Report of the Indian Hemp Drugs Commission, 1894-1895 - Volume III
Year: 1894
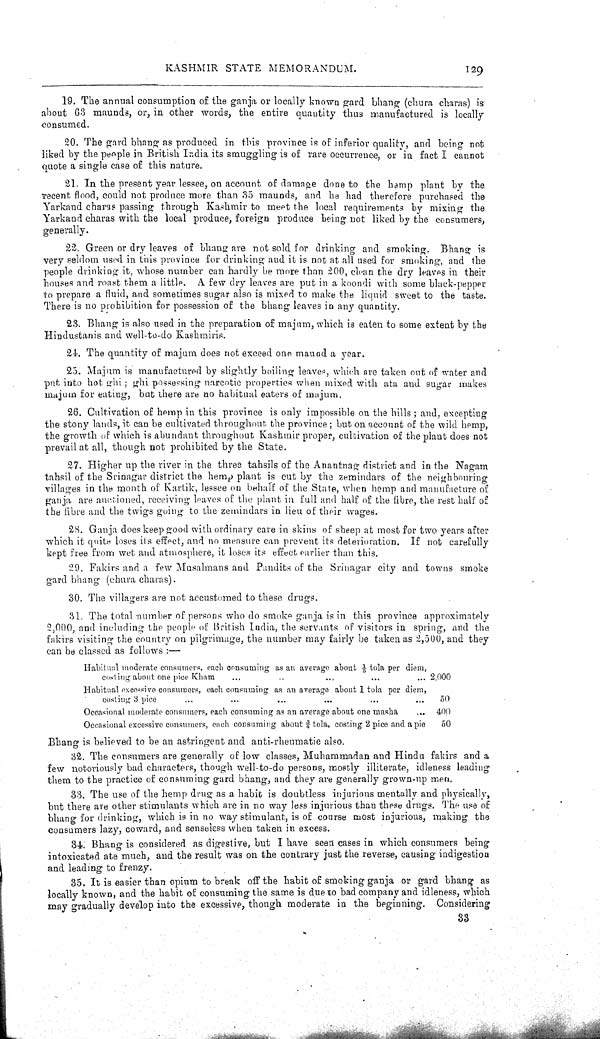
KASHMIR STATE MEMORANDUM.
129
19. The annual consumption of the ganja or locally known gard bhang (chura charas) is
about 63 maunds, or, in other words, the entire quautity thus manufactured is locally
consumed.
20. The gard bhang as produced in this province is of inferior quality, and being not
liked by the people in British India its smuggling is of rare occurrence, or in fact I cannot
quote a single case of this nature.
21. In the present year lessee, on account of damage done to the hemp plant by the
recent flood, could not produce more than 35 maunds, and he had therefore purchased the
Yarkand charas passing through Kashmir to meet the local requirements by mixing the
Yarkand charas with the local produce, foreign produce being not liked by the consumers,
generally.
22. Green or dry leaves of bhang are not sold for drinking and smoking. Bhang is
very seldom used in this province for drinking and it is not at all used for smoking, and the
people drinking it, whose number can hardly be more than 200, clean the dry leaves in their
houses and roast them a little. A few dry leaves are put in a koondi with some black-pepper
to prepare a fluid, and sometimes sugar also is mixed to make the liquid sweet to the taste.
There is no prohibition for possession of the bhang leaves in any quantity.
23. Bhang is also used in the preparation of majum, which is eaten to some extent by the
Hindustanis and well-to-do Kashmiris.
24. The quantity of majum does not exceed one maund a year.
25. Majum is manufactured by slightly boiling leaves, which are taken out of water and
put into hot ghi; ghi possessing narcotic properties when mixed with ata and sugar makes
majum for eating, but there are no habitual eaters of majum.
26. Cultivation of hemp in this province is only impossible on the hills; and, excepting
the stony lands, it can be cultivated throughout the province; but on account of the wild hemp,
the growth of which is abundant throughout Kashmir proper, cultivation of the plant does not
prevail at all, though not prohibited by the State.
27. Higher up the river in the three tahsils of the Anantnag district and in the Nagam
tahsil of the Srinagar district the hemp plant is cut by the zemindars of the neighbouring
villages in the month of Kartik, lessee on behalf of the State, when hemp and manufacture of
ganja are auctioned, receiving leaves of the plant in full and half of the fibre, the rest half of
the fibre and the twigs going to the zemindars in lieu of their wages.
28. Ganja does keep good with ordinary care in skins of sheep at most for two years after
which it quite loses its effect, and no measure can prevent its deterioration. If not carefully
kept free from wet and atmosphere, it loses its effect earlier than this.
29. Fakirs and a few Musalmans and Pandits of the Srinagar city and towns smoke
gard bhang (chura charas).
30. The villagers are not accustomed to these drugs.
31. The total number of persons who do smoke ganja is in this province approximately
2,000, and including the people of British India, the servants of visitors in spring, and the
fakirs visiting the country on pilgrimage, the number may fairly be taken as 2,500, and they
can be classed as follows:—
Habitual moderate consumers, each consuming as an average about 1/5 tola per diem,
costing about one pice Kham
2,000
Habitual excessive consumers, each consuming as an average about 1 tola per diem,
costing 3 pice
50
Occasional moderate consumers, each consuming as an average about one masha
400
Occasional excessive consumers, each consuming about 3/4 tola, costing 2 pice and a pie
50
Bhang is believed to be an astringent and anti-rheumatic also.
32. The consumers are generally of low classes, Muhammadan and Hindu fakirs and a
few notoriously bad characters, though well-to-do persons, mostly illiterate, idleness leading
them to the practice of consuming gard bhang, and they are generally grown-up men.
33. The use of the hemp drug as a habit is doubtless injurious mentally and physically,
but there are other stimulants which are in no way less injurious than these drugs. The use of
bhang for drinking, which is in no way stimulant, is of course most injurious, making the
consumers lazy, coward, and senseless when taken in excess.
34. Bhang is considered as digestive, but I have seen cases in which consumers being
intoxicated ate much, and the result was on the contrary just the reverse, causing indigestion
and leading to frenzy.
35. It is easier than opium to break off the habit of smoking ganja or gard bhang as
locally known, and the habit of consuming the same is due to bad company and idleness, which
may gradually develop into the excessive, though moderate in the beginning. Considering
33